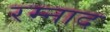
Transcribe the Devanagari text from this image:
रम्नाद